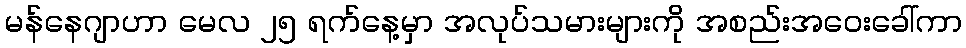
မန်နေဂျာဟာ မေလ ၂၅ ရက်နေ့မှာ အလုပ်သမားများကို အစည်းအဝေးခေါ်ကာ